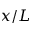
x / L